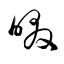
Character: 啜